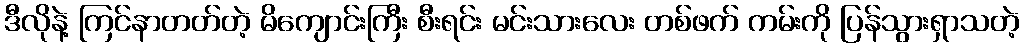
ဒီလိုနဲ့ ကြင်နာတတ်တဲ့ မိကျောင်းကြီး စီးရင်း မင်းသားလေး တစ်ဖက် ကမ်းကို ပြန်သွားရှာသတဲ့